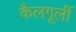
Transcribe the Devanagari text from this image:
कैलगूर्ली